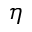
\eta